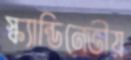
স্ক্যান্ডিনেভীয়